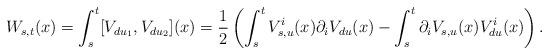
LaTeX: \begin{align*}W_{s,t}(x) = \int_s^t [V_{du_1}, V_{d u_2} ](x) = \frac{1}{2} \left( \int_s^t V^i_{s,u}(x) \partial_i V_{du}(x) - \int_s^t \partial_i V_{s,u}(x) V^i_{du}(x) \right).\end{align*}